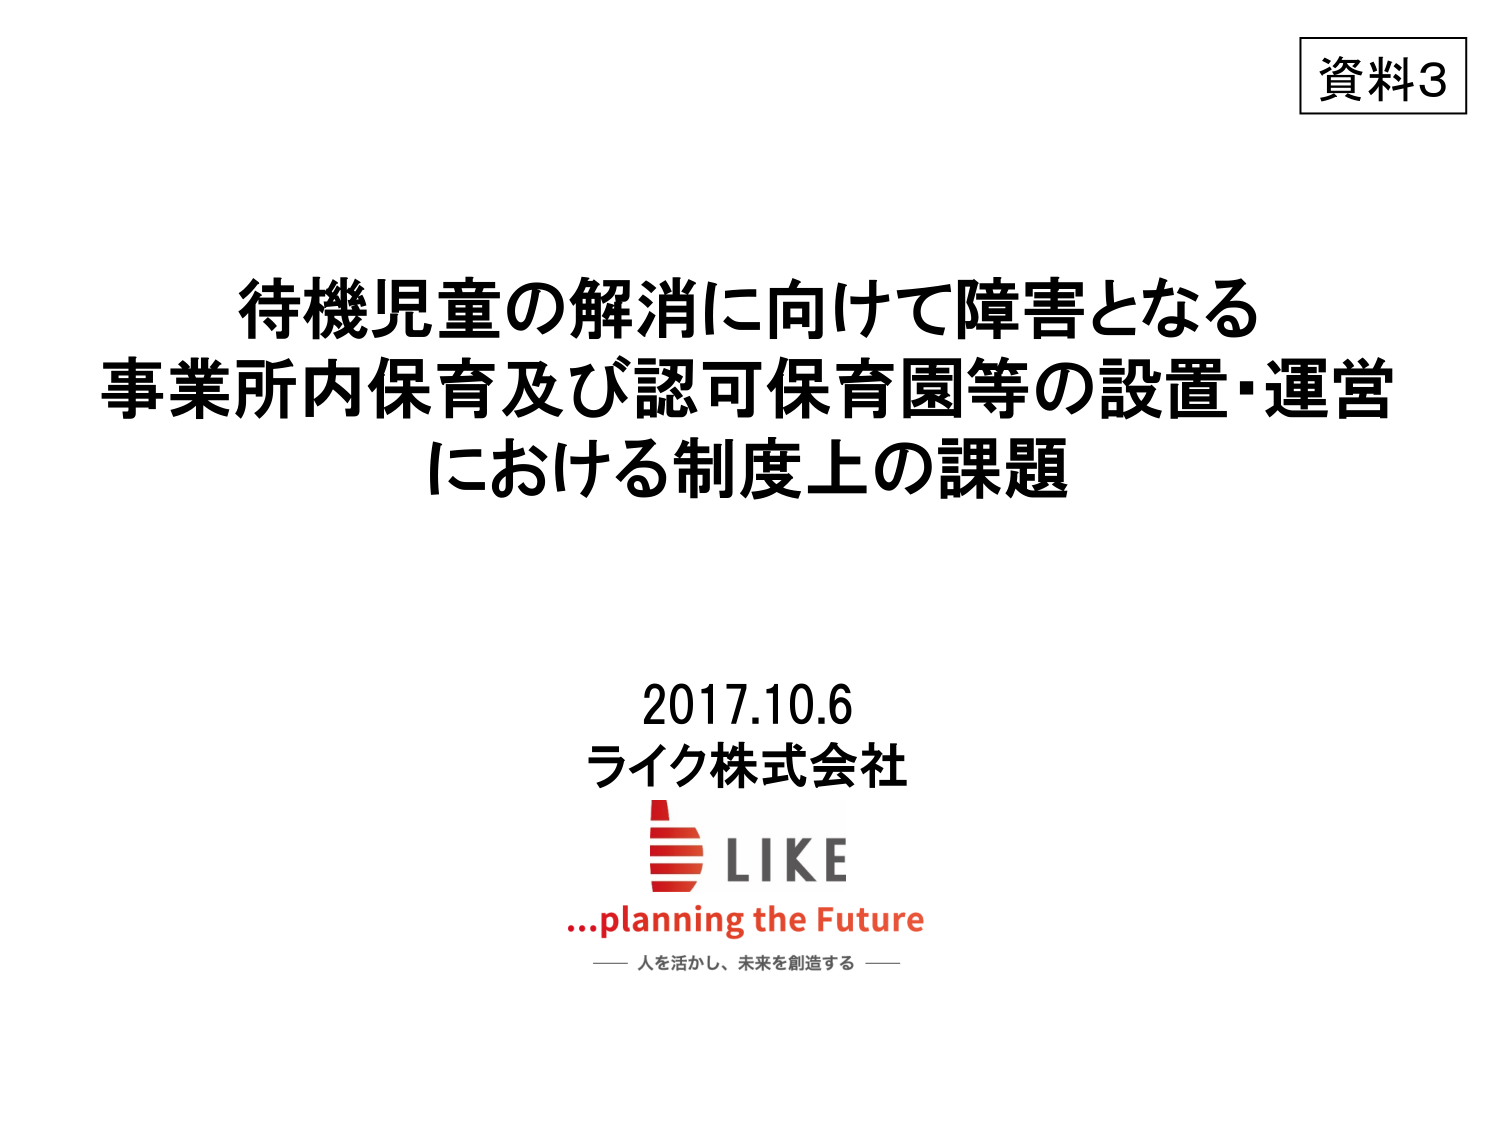
資料3

待機児童の解消に向けて障害となる
事業所内保育及び認可保育園等の設置・運営
における制度上の課題

2017.10.6
ライク株式会社
LIKE
...planning the Future
—— 人を活かし、未来を創造する ——